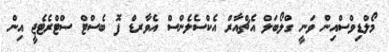
މޯލްޑިވްސްއިން ވަނީ ގްލޯބަލް އެޗްއާރް އެކްސެލެންސް އެވާރޑް ފޮ ބެސްޓް ސްޓްރެޓެޖީ އިން